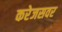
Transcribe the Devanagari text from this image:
करेजसवर